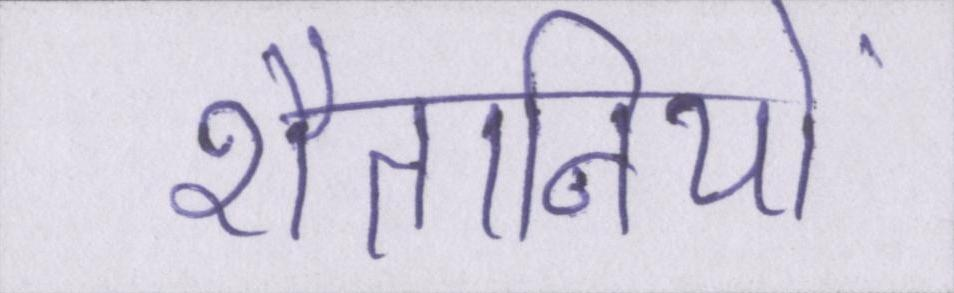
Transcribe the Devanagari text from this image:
शैतानियों